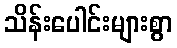
သိန်းပေါင်းများစွာ